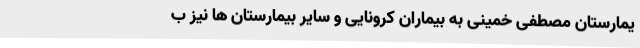
یمارستان مصطفی خمینی به بیماران کرونایی و سایر بیمارستان ها نیز ب